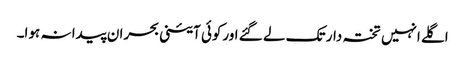
اگلے انہیں تختہ دار تک لے گئے اورکوئی آئینی بحران پیدا نہ ہوا۔